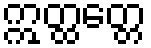
ဣတ္ထတ္တေ